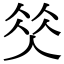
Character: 𠉭